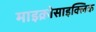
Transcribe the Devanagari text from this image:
माइक्रोसाइक्लिक